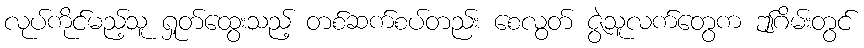
လုပ်ကိုင်မည့်သူ ရှုတ်ထွေးသည့် တစ်ဆက်စပ်တည်း စေလွတ် ဇွဲသူလက်တွေက ဤဂိမ်းတွင်